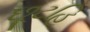
છૂટહિ